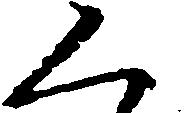
く